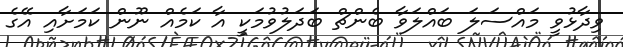
ވިދާޅުވީ މައްސަލަ ބައްލަވާ ބެންޗް ބަދަލުވުމަކީ އާ ކަމެއް ނޫން ކަމަށާއި އޭގެ